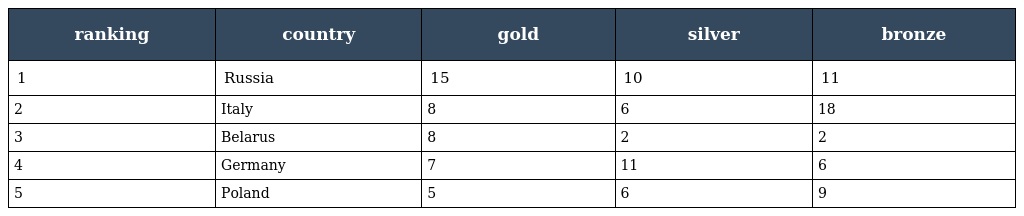
| ranking | country | gold | silver | bronze |
 | --- | --- | --- | --- | --- |
 | 1 | Russia | 15 | 10 | 11 |
 | 2 | Italy | 8 | 6 | 18 |
 | 3 | Belarus | 8 | 2 | 2 |
 | 4 | Germany | 7 | 11 | 6 |
 | 5 | Poland | 5 | 6 | 9 |